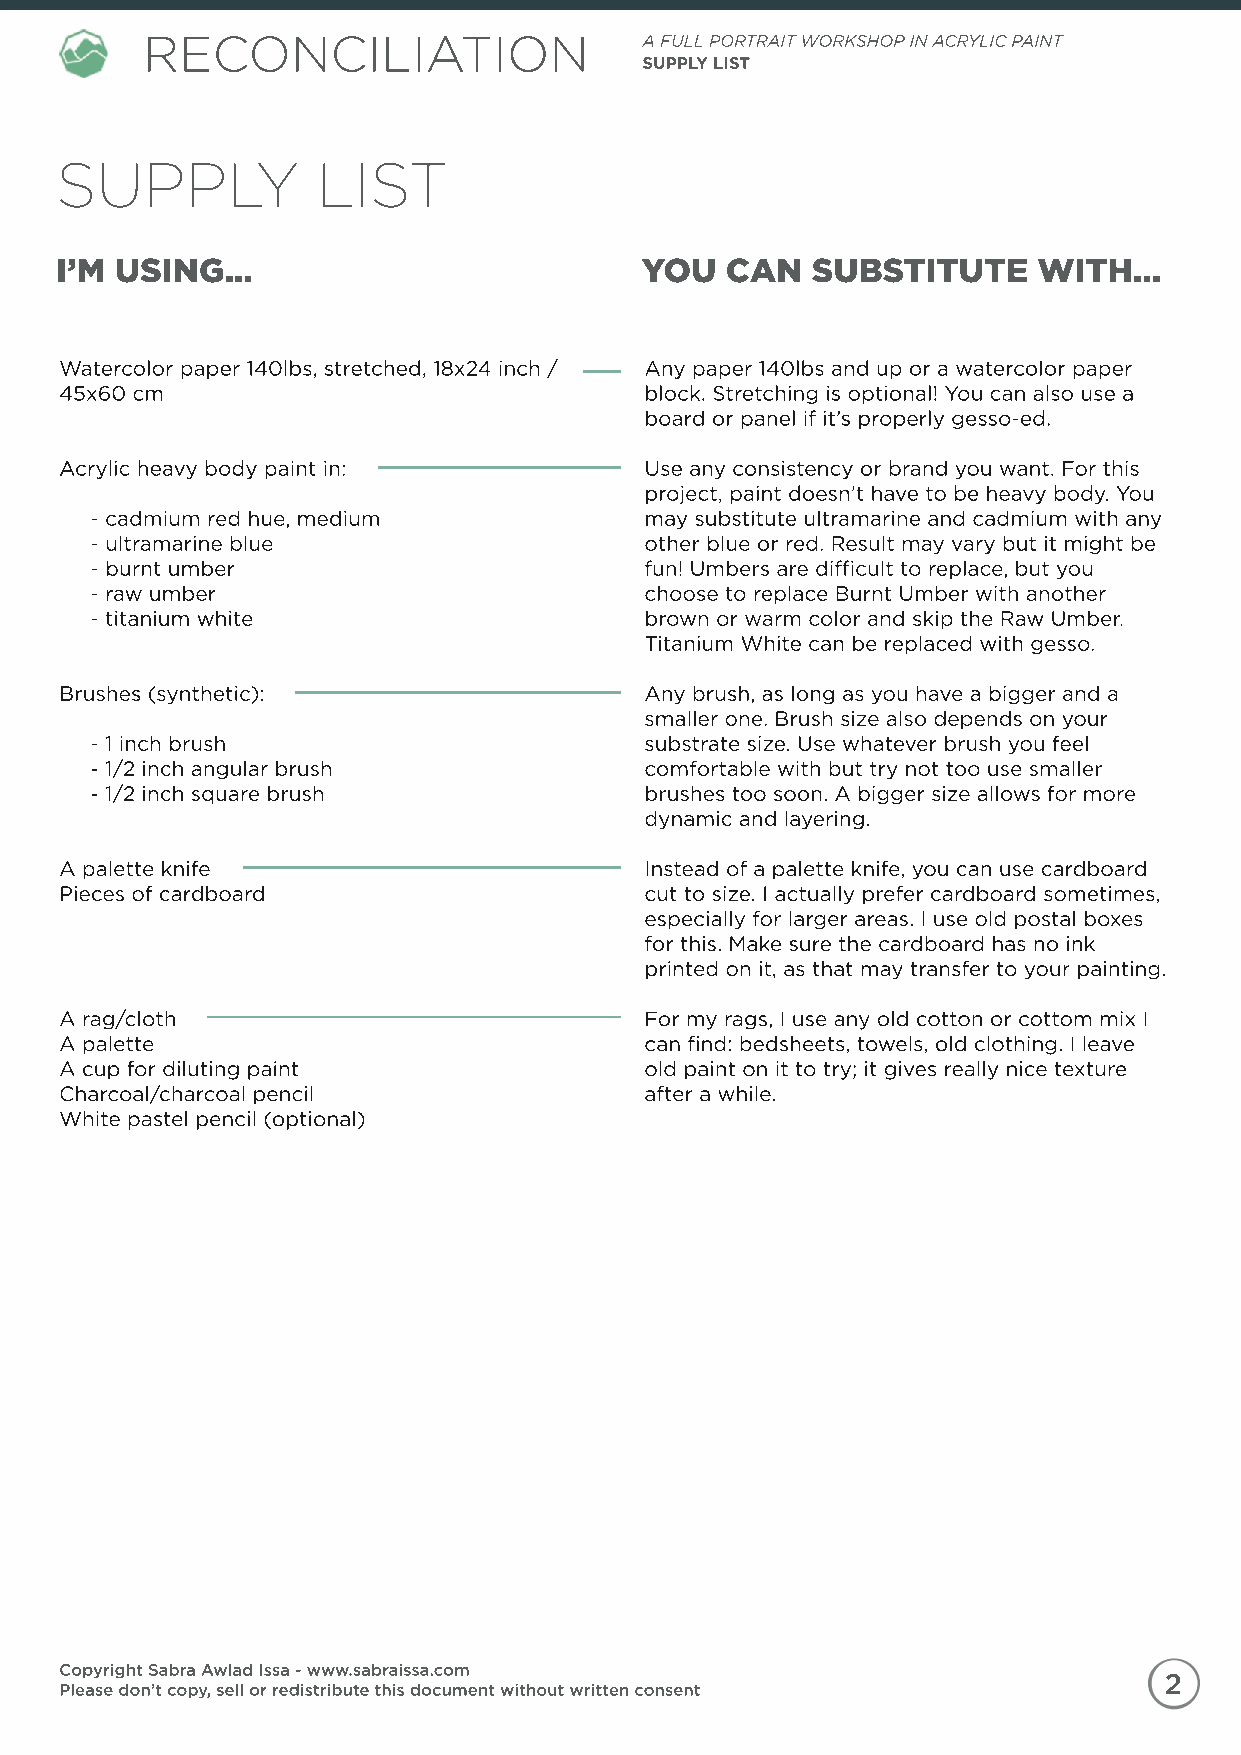
RECONCILIATION                    A FULL PORTRAIT WORKSHOP IN ACRYLIC PAINT
 SUPPLY LIST
 SUPPLY           LIST
 I’M USING...                          YOU   CAN   SUBSTITUTE     WITH...
 Watercolor paper 140lbs, stretched, 18x24 inch / Any paper 140lbs and up or a watercolor paper
 45x60 cm                               block. Stretching is optional! You can also use a
 board or panel if it’s properly gesso-ed.
 Acrylic heavy body paint in:           UUssee aany consistency or brand you want. For this
 project, paint doesn’t have to be heavy body. You
 - cadmium red hue, medium            may substitute ultramarine and cadmium with any
 - ultramarine blue                   other blue or red. Result may vary but it might be
 - burnt umber                        fun! Umbers are difficult to replace, but you
 - raw umber                          choose to replace Burnt Umber with another
 -- ttiittaanniiuumm wwhhiite         brown or warm color and skip the Raw Umber.
 TTiittaanniiuumm White can be replaced with gesso.
 Brushes (synthetic):                   Any brush, as long as you have a bigger and a
 smaller one. Brush size also depends on your
 - 1 inch brush                       substrate size. Use whatever brush you feel
 - 1/2 inch angular brush             comfortable with but try not too use smaller
 - 1/2 inch square brush              brushes too soon. A bigger size allows for more
 dynamic and layering.
 A palette knife                        Instead of a palette knife, you can use cardboard
 Pieces of cardboard                    cut to size. I actually prefer cardboard sometimes,
 especially for larger areas. I use old postal boxes
 for this. Make sure the cardboard has no ink
 printed on it, as that may transfer to your painting.
 AA rag/cloth                           FFor my rags, I use any old cotton or cottom mix I
 A palette                              can find: bedsheets, towels, old clothing. I leave
 A cup for diluting paint               old paint on it to try; it gives really nice texture
 Charcoal/charcoal pencil               after a while.
 White pastel pencil (optional)
 Copyright Sabra Awlad Issa - www.sabraissa.com
 2
 Please don’t copy, sell or redistribute this document without written consent